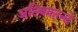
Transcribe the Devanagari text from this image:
अल्बिकान्टे